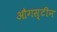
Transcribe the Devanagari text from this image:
औगस्टीन